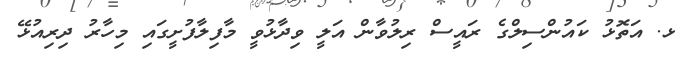
ޅ. އަތޮޅު ކައުންސިލްގެ ރައީސް ރިލުވާން އަލީ ވިދާޅުވީ މާފިލާފުށީގައި މިހާރު ދިރިއުޅޭ